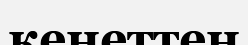
кенеттен